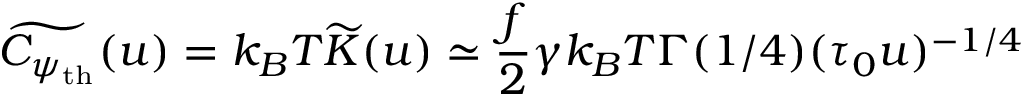
\widetilde { C _ { \psi _ { \mathrm { t h } } } } ( u ) = k _ { B } T \widetilde { K } ( u ) \simeq \frac { f } { 2 } \gamma k _ { B } T \Gamma ( 1 / 4 ) ( \tau _ { 0 } u ) ^ { - 1 / 4 }